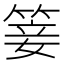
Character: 䈉